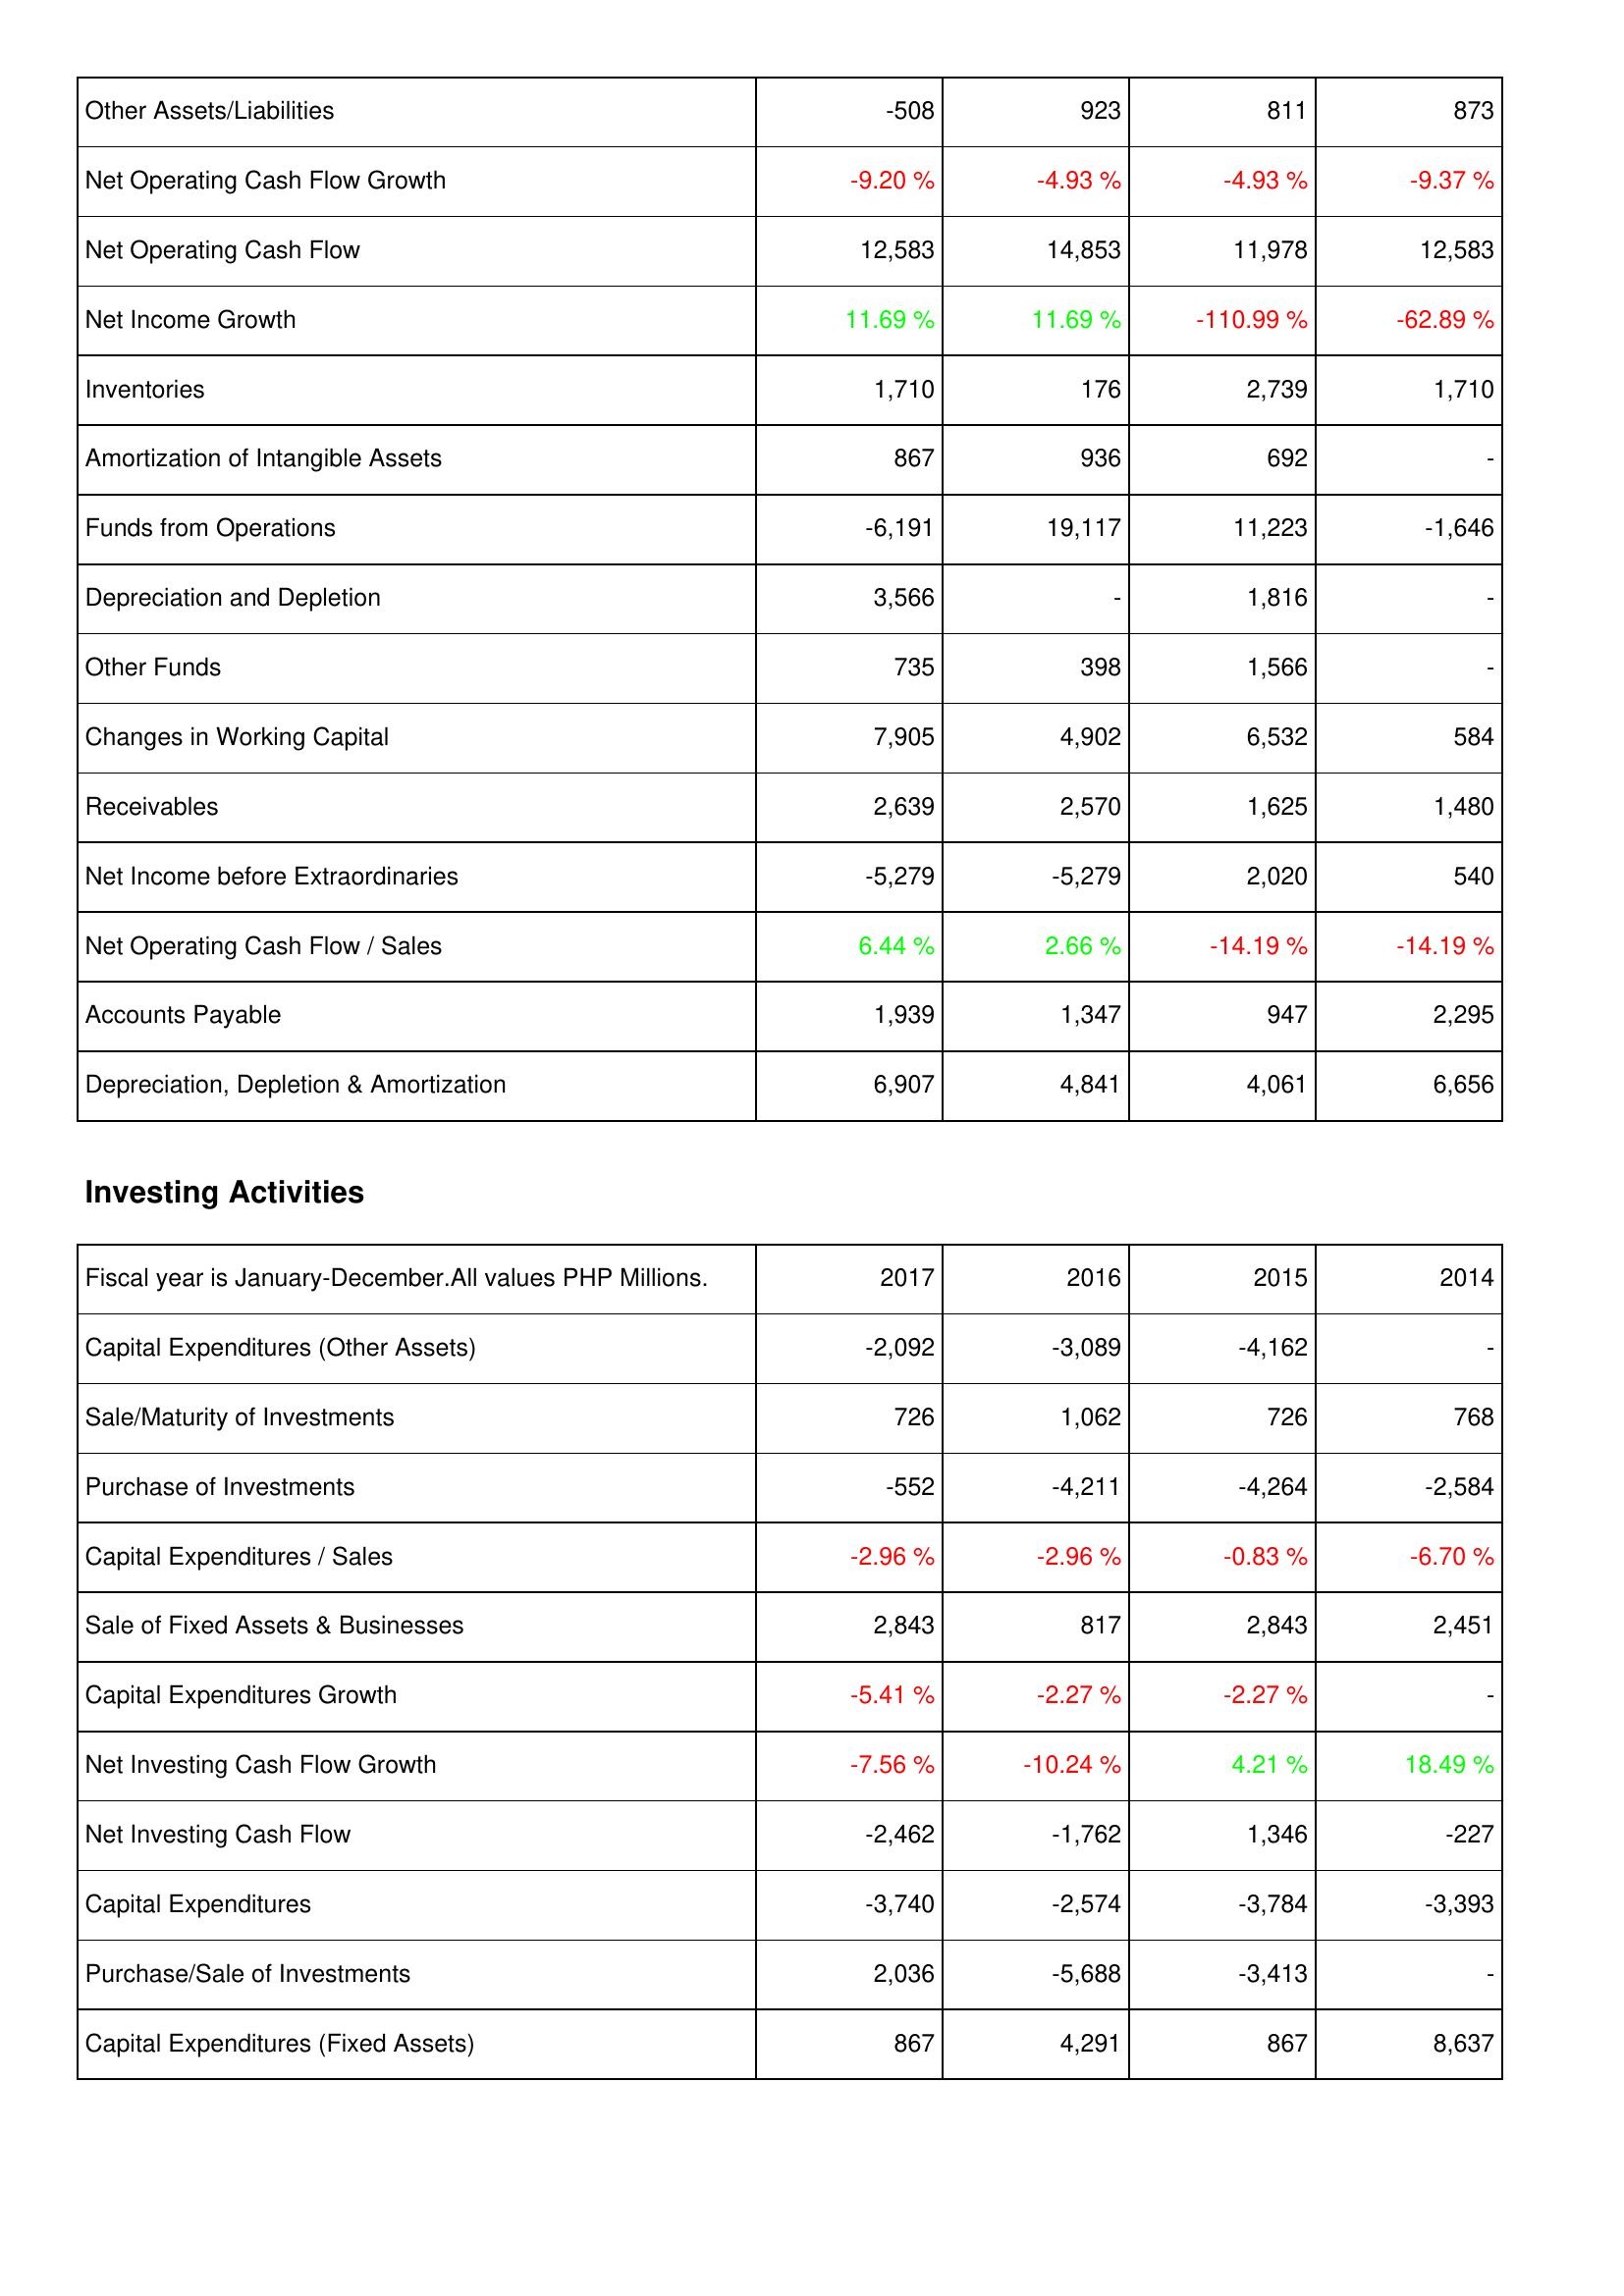
2017: Operating Activities: Other Assets/Liabilities: -508
Net Operating Cash Flow Growth: -9.20 %
Net Operating Cash Flow: 12,583
Net Income Growth: 11.69 %
Inventories: 1,710
Amortization of Intangible Assets: 867
Funds from Operations: -6,191
Depreciation and Depletion: 3,566
Other Funds: 735
Changes in Working Capital: 7,905
Receivables: 2,639
Net Income before Extraordinaries: -5,279
Net Operating Cash Flow / Sales: 6.44 %
Accounts Payable: 1,939
Depreciation, Depletion & Amortization: 6,907
Investing Activities: Capital Expenditures (Other Assets): -2,092
Sale/Maturity of Investments: 726
Purchase of Investments: -552
Capital Expenditures / Sales: -2.96 %
Sale of Fixed Assets & Businesses: 2,843
Capital Expenditures Growth: -5.41 %
Net Investing Cash Flow Growth: -7.56 %
Net Investing Cash Flow: -2,462
Capital Expenditures: -3,740
Purchase/Sale of Investments: 2,036
Capital Expenditures (Fixed Assets): 867
2016: Operating Activities: Other Assets/Liabilities: 923
Net Operating Cash Flow Growth: -4.93 %
Net Operating Cash Flow: 14,853
Net Income Growth: 11.69 %
Inventories: 176
Amortization of Intangible Assets: 936
Funds from Operations: 19,117
Depreciation and Depletion: -
Other Funds: 398
Changes in Working Capital: 4,902
Receivables: 2,570
Net Income before Extraordinaries: -5,279
Net Operating Cash Flow / Sales: 2.66 %
Accounts Payable: 1,347
Depreciation, Depletion & Amortization: 4,841
Investing Activities: Capital Expenditures (Other Assets): -3,089
Sale/Maturity of Investments: 1,062
Purchase of Investments: -4,211
Capital Expenditures / Sales: -2.96 %
Sale of Fixed Assets & Businesses: 817
Capital Expenditures Growth: -2.27 %
Net Investing Cash Flow Growth: -10.24 %
Net Investing Cash Flow: -1,762
Capital Expenditures: -2,574
Purchase/Sale of Investments: -5,688
Capital Expenditures (Fixed Assets): 4,291
2015: Operating Activities: Other Assets/Liabilities: 811
Net Operating Cash Flow Growth: -4.93 %
Net Operating Cash Flow: 11,978
Net Income Growth: -110.99 %
Inventories: 2,739
Amortization of Intangible Assets: 692
Funds from Operations: 11,223
Depreciation and Depletion: 1,816
Other Funds: 1,566
Changes in Working Capital: 6,532
Receivables: 1,625
Net Income before Extraordinaries: 2,020
Net Operating Cash Flow / Sales: -14.19 %
Accounts Payable: 947
Depreciation, Depletion & Amortization: 4,061
Investing Activities: Capital Expenditures (Other Assets): -4,162
Sale/Maturity of Investments: 726
Purchase of Investments: -4,264
Capital Expenditures / Sales: -0.83 %
Sale of Fixed Assets & Businesses: 2,843
Capital Expenditures Growth: -2.27 %
Net Investing Cash Flow Growth: 4.21 %
Net Investing Cash Flow: 1,346
Capital Expenditures: -3,784
Purchase/Sale of Investments: -3,413
Capital Expenditures (Fixed Assets): 867
2014: Operating Activities: Other Assets/Liabilities: 873
Net Operating Cash Flow Growth: -9.37 %
Net Operating Cash Flow: 12,583
Net Income Growth: -62.89 %
Inventories: 1,710
Amortization of Intangible Assets: -
Funds from Operations: -1,646
Depreciation and Depletion: -
Other Funds: -
Changes in Working Capital: 584
Receivables: 1,480
Net Income before Extraordinaries: 540
Net Operating Cash Flow / Sales: -14.19 %
Accounts Payable: 2,295
Depreciation, Depletion & Amortization: 6,656
Investing Activities: Capital Expenditures (Other Assets): -
Sale/Maturity of Investments: 768
Purchase of Investments: -2,584
Capital Expenditures / Sales: -6.70 %
Sale of Fixed Assets & Businesses: 2,451
Capital Expenditures Growth: -
Net Investing Cash Flow Growth: 18.49 %
Net Investing Cash Flow: -227
Capital Expenditures: -3,393
Purchase/Sale of Investments: -
Capital Expenditures (Fixed Assets): 8,637